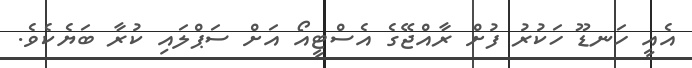
އެއީ ހަނޑޫ ހަކުރު ފުށް ރާއްޖޭގެ އެސްޓީއޯ އަށް ސަޕްލައި ކުރާ ބަޔެކެވެ.